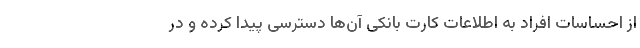
از احساسات افراد به اطلاعات کارت بانکی آن‌ها دسترسی پیدا کرده و در